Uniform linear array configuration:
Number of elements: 12
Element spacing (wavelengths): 0.25
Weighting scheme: hamming
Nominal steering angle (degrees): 0
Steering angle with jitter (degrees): -1.327
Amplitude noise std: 0.05
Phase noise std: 0.05

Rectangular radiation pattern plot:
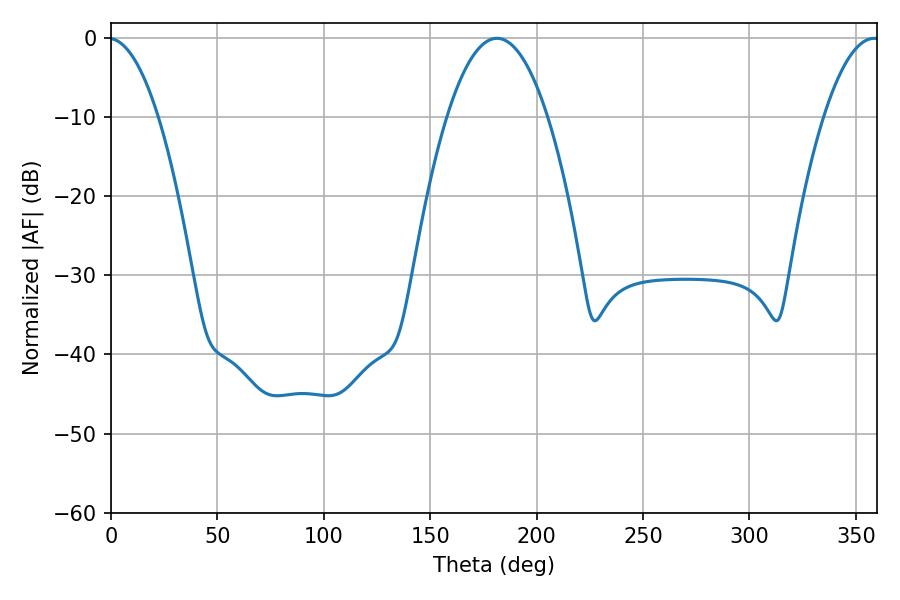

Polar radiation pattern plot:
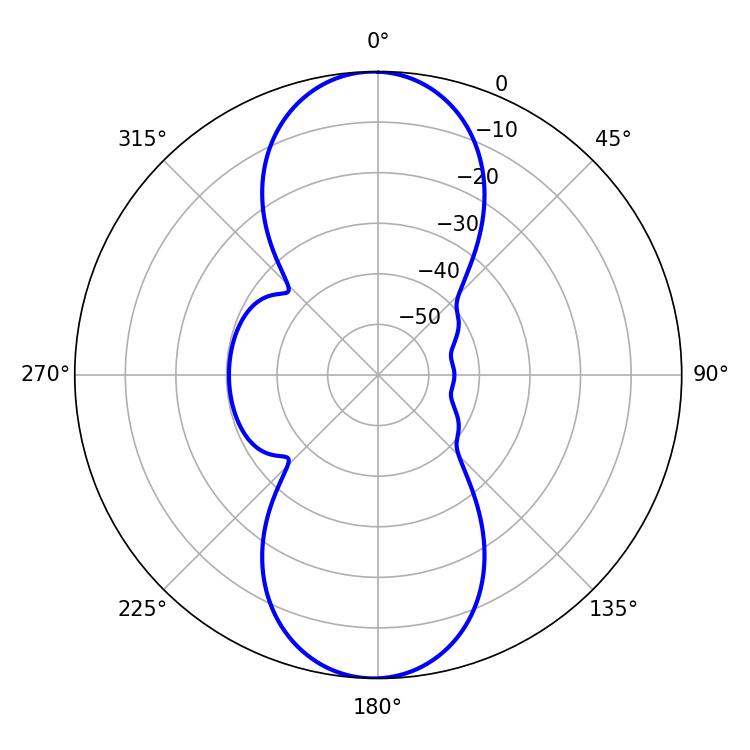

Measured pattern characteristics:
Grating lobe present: FALSE
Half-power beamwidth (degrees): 26.1
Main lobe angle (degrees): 181.44